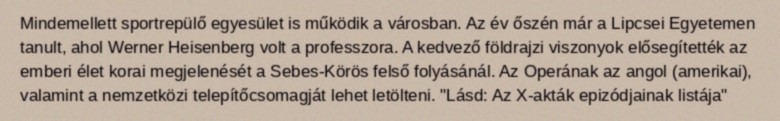
Mindemellett sportrepülő egyesület is működik a városban. Az év őszén már a Lipcsei Egyetemen tanult, ahol Werner Heisenberg volt a professzora. A kedvező földrajzi viszonyok elősegítették az emberi élet korai megjelenését a Sebes-Körös felső folyásánál. Az Operának az angol (amerikai), valamint a nemzetközi telepítőcsomagját lehet letölteni. "Lásd: Az X-akták epizódjainak listája"